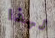
لهذا